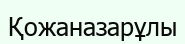
Қожаназарұлы